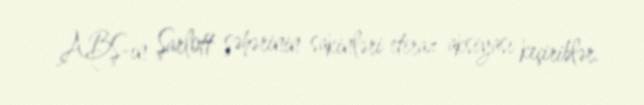
ABŞ-ın Şarlott şəhərinin sakinləri etiraz aksiyası keçiriblər.